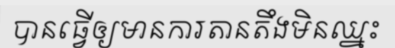
បានធ្វើឲ្យមានការតានតឹងមិនឈ្នះ